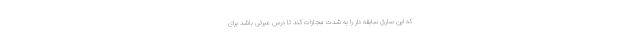
که این سارق سابقه دار را به شدت مجازات کند تا درس عبرتی باشد برای